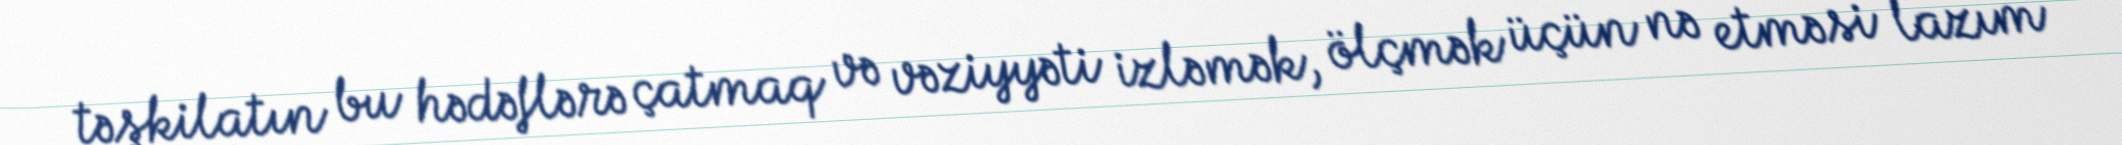
təşkilatın bu hədəflərə çatmaq və vəziyyəti izləmək, ölçmək üçün nə etməsi lazım